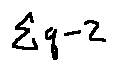
\sum q - 2